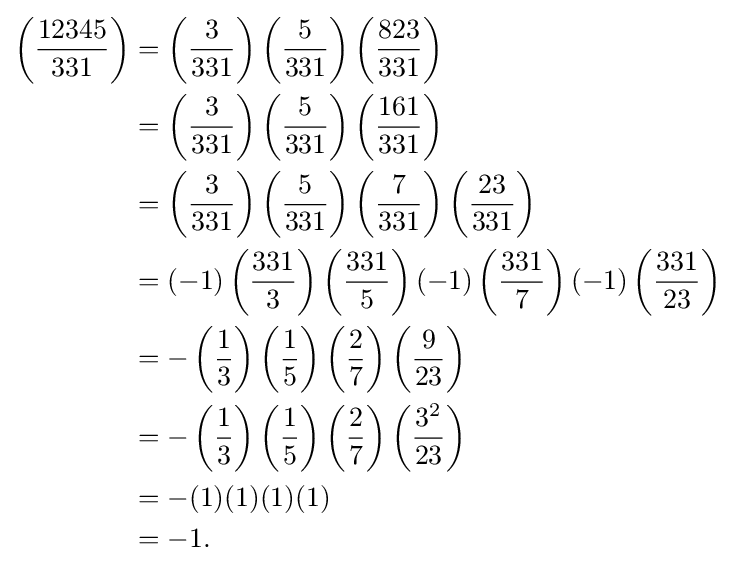
{\begin{aligned}\left({\frac {12345}{331}}\right)&=\left({\frac {3}{331}}\right)\left({\frac {5}{331}}\right)\left({\frac {823}{331}}\right)\\&=\left({\frac {3}{331}}\right)\left({\frac {5}{331}}\right)\left({\frac {161}{331}}\right)\\&=\left({\frac {3}{331}}\right)\left({\frac {5}{331}}\right)\left({\frac {7}{331}}\right)\left({\frac {23}{331}}\right)\\&=(-1)\left({\frac {331}{3}}\right)\left({\frac {331}{5}}\right)(-1)\left({\frac {331}{7}}\right)(-1)\left({\frac {331}{23}}\right)\\&=-\left({\frac {1}{3}}\right)\left({\frac {1}{5}}\right)\left({\frac {2}{7}}\right)\left({\frac {9}{23}}\right)\\&=-\left({\frac {1}{3}}\right)\left({\frac {1}{5}}\right)\left({\frac {2}{7}}\right)\left({\frac {3^{2}}{23}}\right)\\&=-(1)(1)(1)(1)\\&=-1.\end{aligned}}